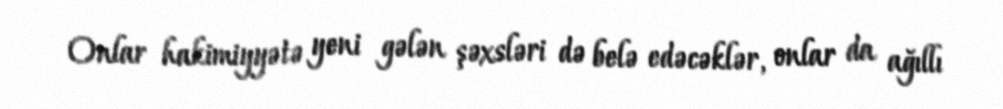
Onlar hakimiyyətə yeni gələn şəxsləri də belə edəcəklər, onlar da ağıllı